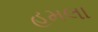
હૂમલા